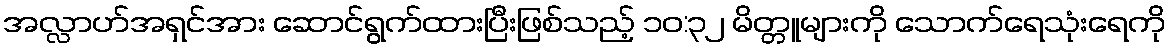
အလ္လာဟ်အရှင်အား ဆောင်ရွက်ထားပြီးဖြစ်သည့် ၁၀:၃၂ မိတ္တူများကို သောက်ရေသုံးရေကို